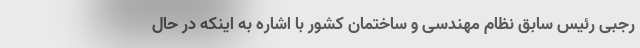
رجبی رئیس سابق نظام مهندسی و ساختمان کشور با اشاره به اینکه در حال